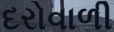
દરોવાળી